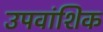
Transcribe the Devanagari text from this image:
उपवांशिक